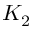
K _ { 2 }